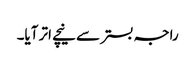
راجہ بستر سے نیچے اتر آیا۔